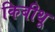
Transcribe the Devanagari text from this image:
किबीथू